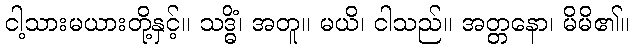
ငါ့သားမယားတို့နှင့်။ သဒ္ဓိံ၊ အတူ။ မယိ၊ ငါသည်။ အတ္တနော၊ မိမိ၏။